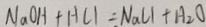
N a O H + H C l = N a C l + H _ { 2 } O